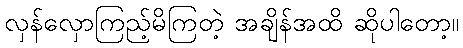
လှန်လှောကြည့်မိကြတဲ့ အချိန်အထိ ဆိုပါတော့။